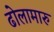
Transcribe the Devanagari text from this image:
ढोलामारु